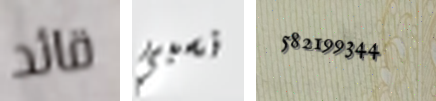
قائد نسبي 582199344